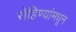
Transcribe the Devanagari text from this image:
रोहिण्यांमधून